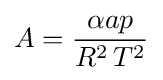
A={\frac {\alpha ap}{R^{2}\,T^{2}}}